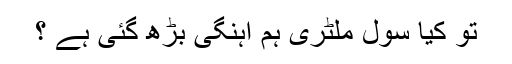
تو کیا سول ملٹری ہم آہنگی بڑھ گئی ہے ؟